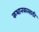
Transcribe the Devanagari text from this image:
कथानकासाठी